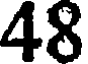
48